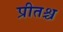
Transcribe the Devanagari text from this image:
प्रीतश्च